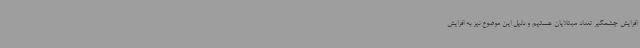
افزایش چشمگیر تعداد مبتلایان هستیم و دلیل این موضوع نیز به افزایش